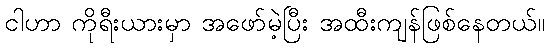
ငါဟာ ကိုရီးယားမှာ အဖော်မဲ့ပြီး အထီးကျန်ဖြစ်နေတယ်။